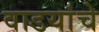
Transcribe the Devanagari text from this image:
वाडयांचे